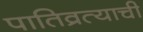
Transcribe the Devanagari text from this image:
पातिव्रत्याची